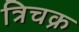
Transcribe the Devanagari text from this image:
त्रिचक्र